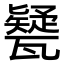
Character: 㽈